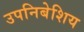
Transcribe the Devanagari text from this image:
उपनिबेशिय